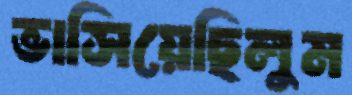
ভাসিয়েছিলুম